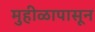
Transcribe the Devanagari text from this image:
मुहीळापासून